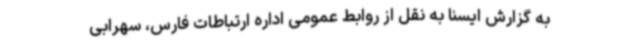
به گزارش ایسنا به نقل از روابط عمومی اداره ارتباطات فارس، سهرابی